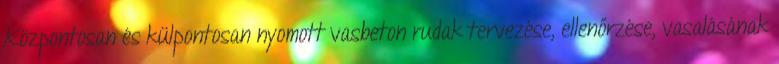
Központosan és külpontosan nyomott vasbeton rudak tervezése, ellenőrzése, vasalásának